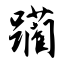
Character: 躏